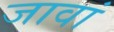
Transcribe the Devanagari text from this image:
जावां